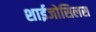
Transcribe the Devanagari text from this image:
शाईजोसिलस